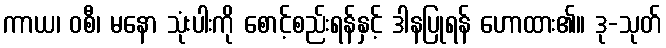
ကာယ၊ ဝစီ၊ မနော သုံးပါးကို စောင့်စည်းရန်နှင့် ဒါနပြုရန် ဟောထား၏။ ဒု-သုတ်